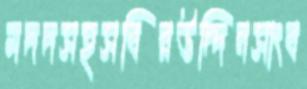
মদদসহসবিরউদ্দিনসাংব